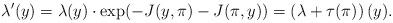
LaTeX: \begin{align*} \lambda^\prime(y) = \lambda(y) \cdot \exp(-J(y,\pi)-J(\pi,y)) = \left(\lambda + \tau(\pi)\right)(y). \end{align*}